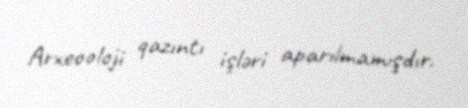
Arxeooloji qazıntı işləri aparılmamışdır.